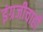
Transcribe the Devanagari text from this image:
इंग्रजीचाही